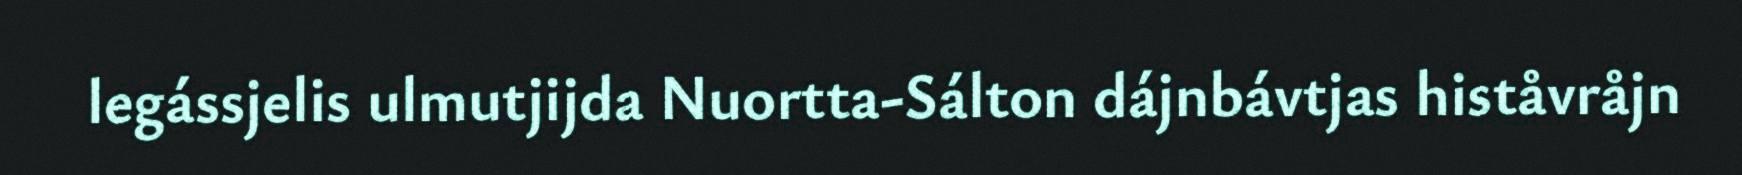
legássjelis ulmutjijda Nuortta-Sálton dájnbávtjas histåvråjn